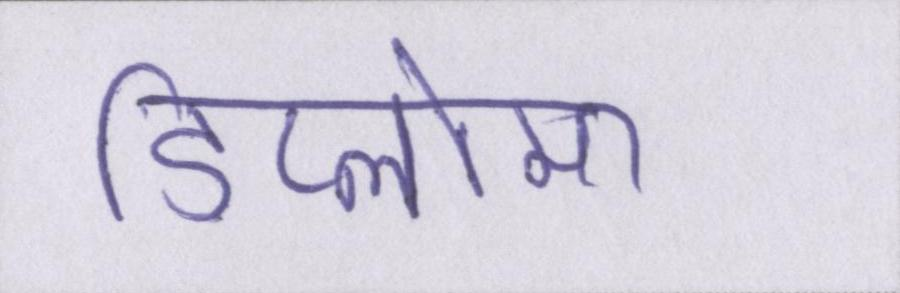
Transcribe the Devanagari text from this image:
डिप्लोमा